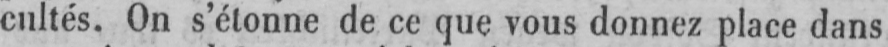
cultés. On s’étonne de ce que vous donnez place dans